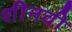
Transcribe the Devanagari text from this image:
शीनवी